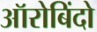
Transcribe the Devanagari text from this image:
ऑरोबिंदो